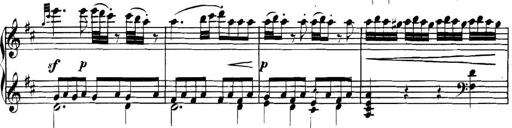
Title: Collected Piano Sonatas
Composer: Muzio Clementi